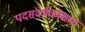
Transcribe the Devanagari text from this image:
पदसंदर्भकोशात